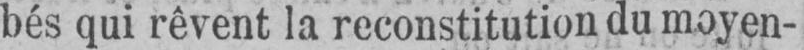
bés qui rêvent la reconstitution du moyen-